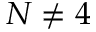
N \neq 4